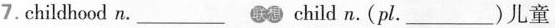
7. childhood n. ___ child n. (pl. ___ )儿童